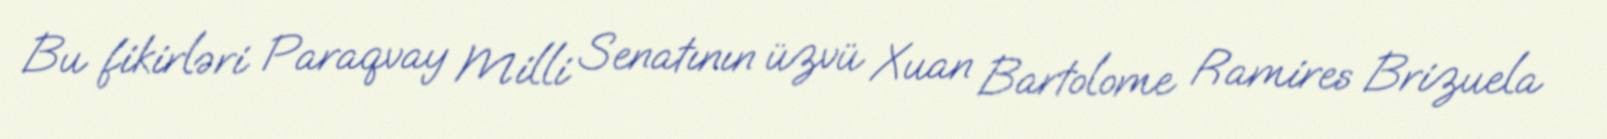
Bu fikirləri Paraqvay Milli Senatının üzvü Xuan Bartolome Ramires Brizuela